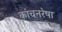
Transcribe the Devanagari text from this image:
कांचनरेषा